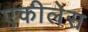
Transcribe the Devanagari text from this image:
एकीलेस